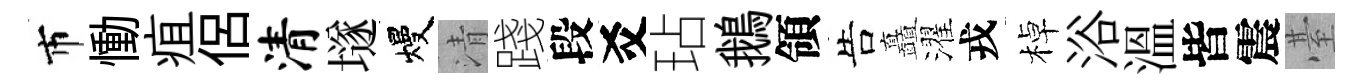
市慟疽侶清𡑞熳清踐段爻玷鵝領告矗濯戎棹浴溫皆震䑓